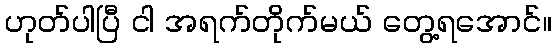
ဟုတ်ပါပြီ ငါ အရက်တိုက်မယ် တွေ့ရအောင်။